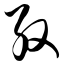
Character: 殷